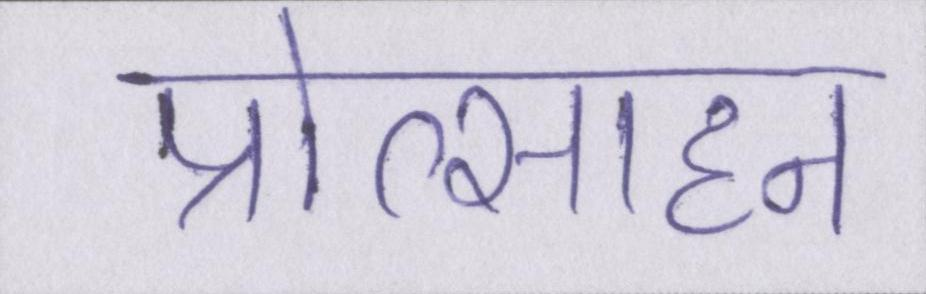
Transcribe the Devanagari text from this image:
प्रोत्साहन